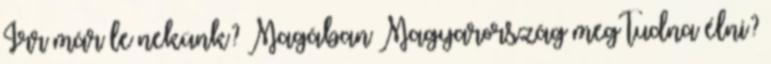
Írr már le nekünk? Magában Magyarország meg tudna élni?